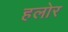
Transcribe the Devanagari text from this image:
हलोर